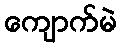
ကျောက်မဲ